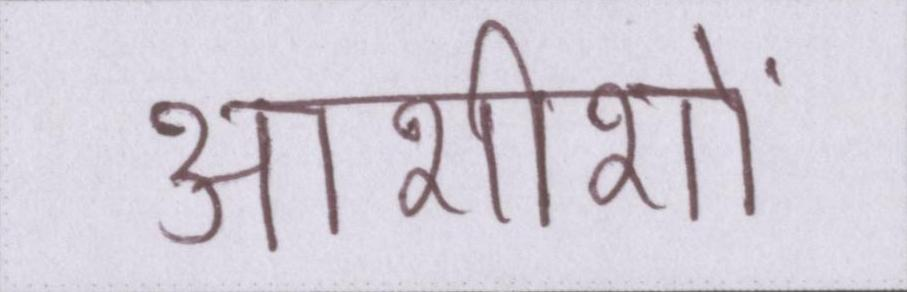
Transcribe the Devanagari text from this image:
आशीशों